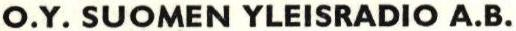
O.Y. SUOMEN YLEISRADIO A.B.